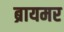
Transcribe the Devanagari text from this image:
ब्रायमर